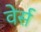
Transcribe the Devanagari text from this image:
वेर्स